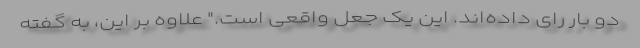
دو بار رای داده‌اند. این یک جعل واقعی است." علاوه بر این، به گفته